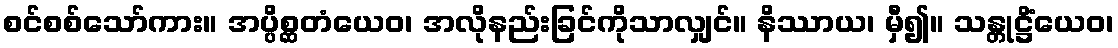
စင်စစ်သော်ကား။ အပ္ပိစ္ဆတံယေဝ၊ အလိုနည်းခြင်ကိုသာလျှင်။ နိဿာယ၊ မှီ၍။ သန္တုဋ္ဌိံယေဝ၊